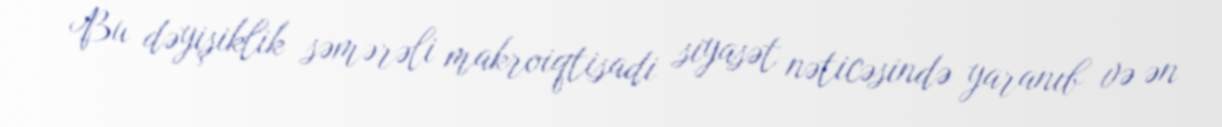
Bu dəyişiklik səmərəli makroiqtisadi siyasət nəticəsində yaranıb və ən